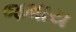
જમાય